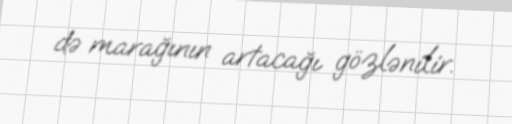
də marağının artacağı gözlənilir.